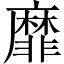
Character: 靡